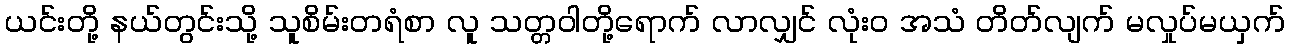
ယင်းတို့ နယ်တွင်းသို့ သူစိမ်းတရံစာ လူ သတ္တဝါတို့ရောက် လာလျှင် လုံးဝ အသံ တိတ်လျက် မလှုပ်မယှက်